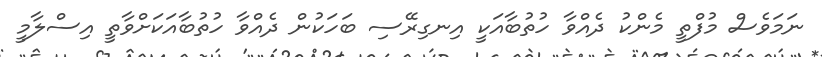
ނަމަވެސް މުފްތީ މެންކު ދެއްވާ ހުތުބާއަކީ އިނގިރޭސި ބަހަކުން ދެއްވާ ހުތުބާއަކަށްވާތީ އިސްލާމީ